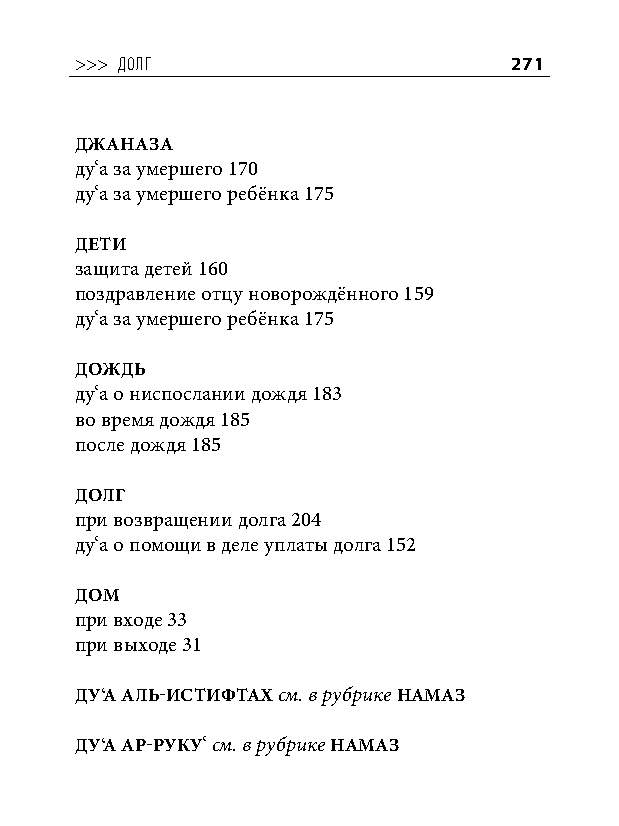
>>> долг                     271
 ДЖАНАЗА
 ду‘а за умершего 170
 ду‘а за умершего ребёнка 175
 ДЕТИ
 защита детей 160
 поздравление отцу новорождённого 159
 ду‘а за умершего ребёнка 175
 ДОЖДь
 ду‘а о ниспослании дождя 183
 во время дождя 185
 после дождя 185
 ДОЛГ
 при возвращении долга 204
 ду‘а о помощи в деле уплаты долга 152
 ДОМ
 при входе 33
 при выходе 31
 ДУ‘А АЛь-ИСТИФТАХ см. в рубрике НАМАЗ
 ДУ‘А АР-РУКУ‘ см. в рубрике НАМАЗ